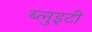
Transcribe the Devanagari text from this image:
ब्लुइटी